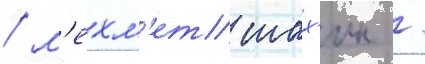
/ м'ехм'ет шах'ин /